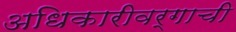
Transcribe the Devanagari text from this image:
अधिकारीवर्गाची